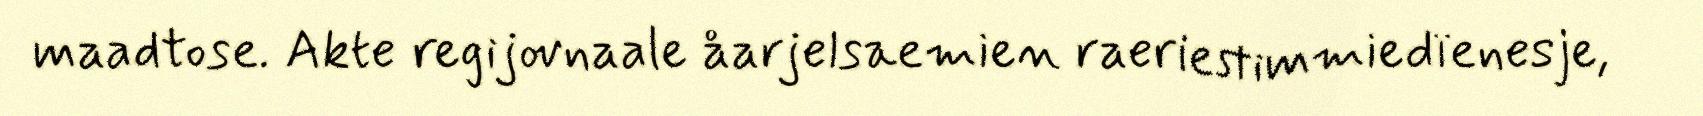
maadtose. Akte regijovnaale åarjelsaemien raeriestimmiedïenesje,